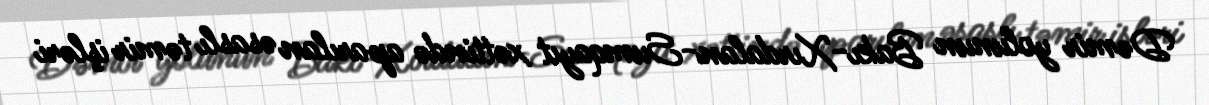
Dəmir yolunun Bakı-Xırdalan-Sumqayıt xəttində aparılan əsaslı təmir işləri